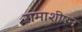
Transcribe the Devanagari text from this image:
रामाशीषन